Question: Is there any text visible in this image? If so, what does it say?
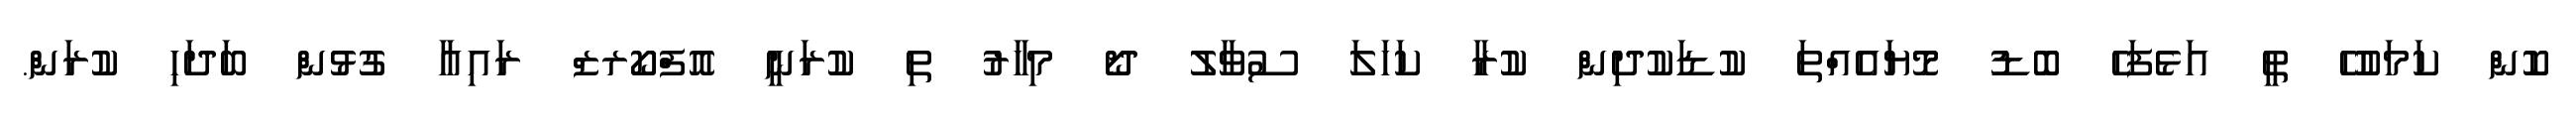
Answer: ކޮން ކަމަކުހޭ ތީ އަޅެފަހެ ބޮޑު މޮޔައެއްތަ ކުޑަކުދިން ކުރާ ކަހަލަ ސުވާލު ދޯ މިހާރު ތި ކުރަނީ އޮފްކޯރޒް ރައިއާ ގުޅުން ބަދަހި ކުރަން.